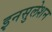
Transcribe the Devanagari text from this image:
इनसुलेशन